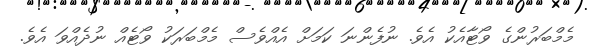
މެމްބަރުންގެ ވޯޓާއެކު އެވެ. ނުފެންނަ ކަމަށް އެއްވެސް މެމްބަރަކު ވޯޓެއް ނުދެއްވަ އެވެ.